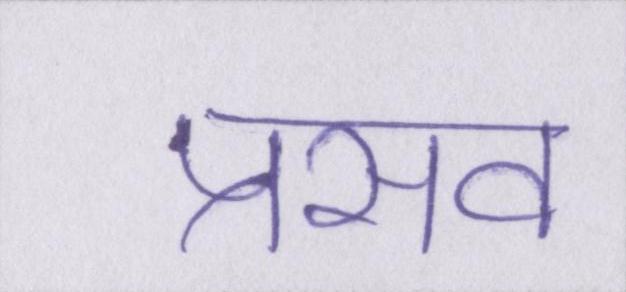
प्रसव